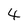
Character: 4